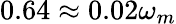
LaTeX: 0.64\approx 0.02\omega_{m}